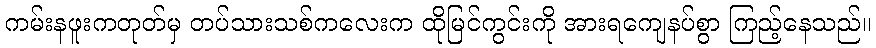
ကမ်းနဖူးကတုတ်မှ တပ်သားသစ်ကလေးက ထိုမြင်ကွင်းကို အားရကျေနပ်စွာ ကြည့်နေသည်။